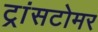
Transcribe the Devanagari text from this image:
ट्रांसटोमर